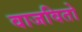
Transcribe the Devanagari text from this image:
वाजवितो